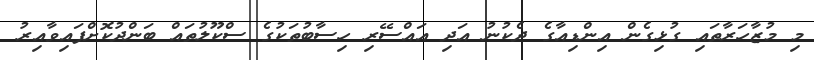
މި މުޒާހަރާތައި ގުޅިގެން އިންޑިއާގެ ދެކުނު އަދި އައްސޭރި ހިސާބުތަކުގެ ސްކޫލުތައް ބަންދުކޮށްފައިވާއިރު